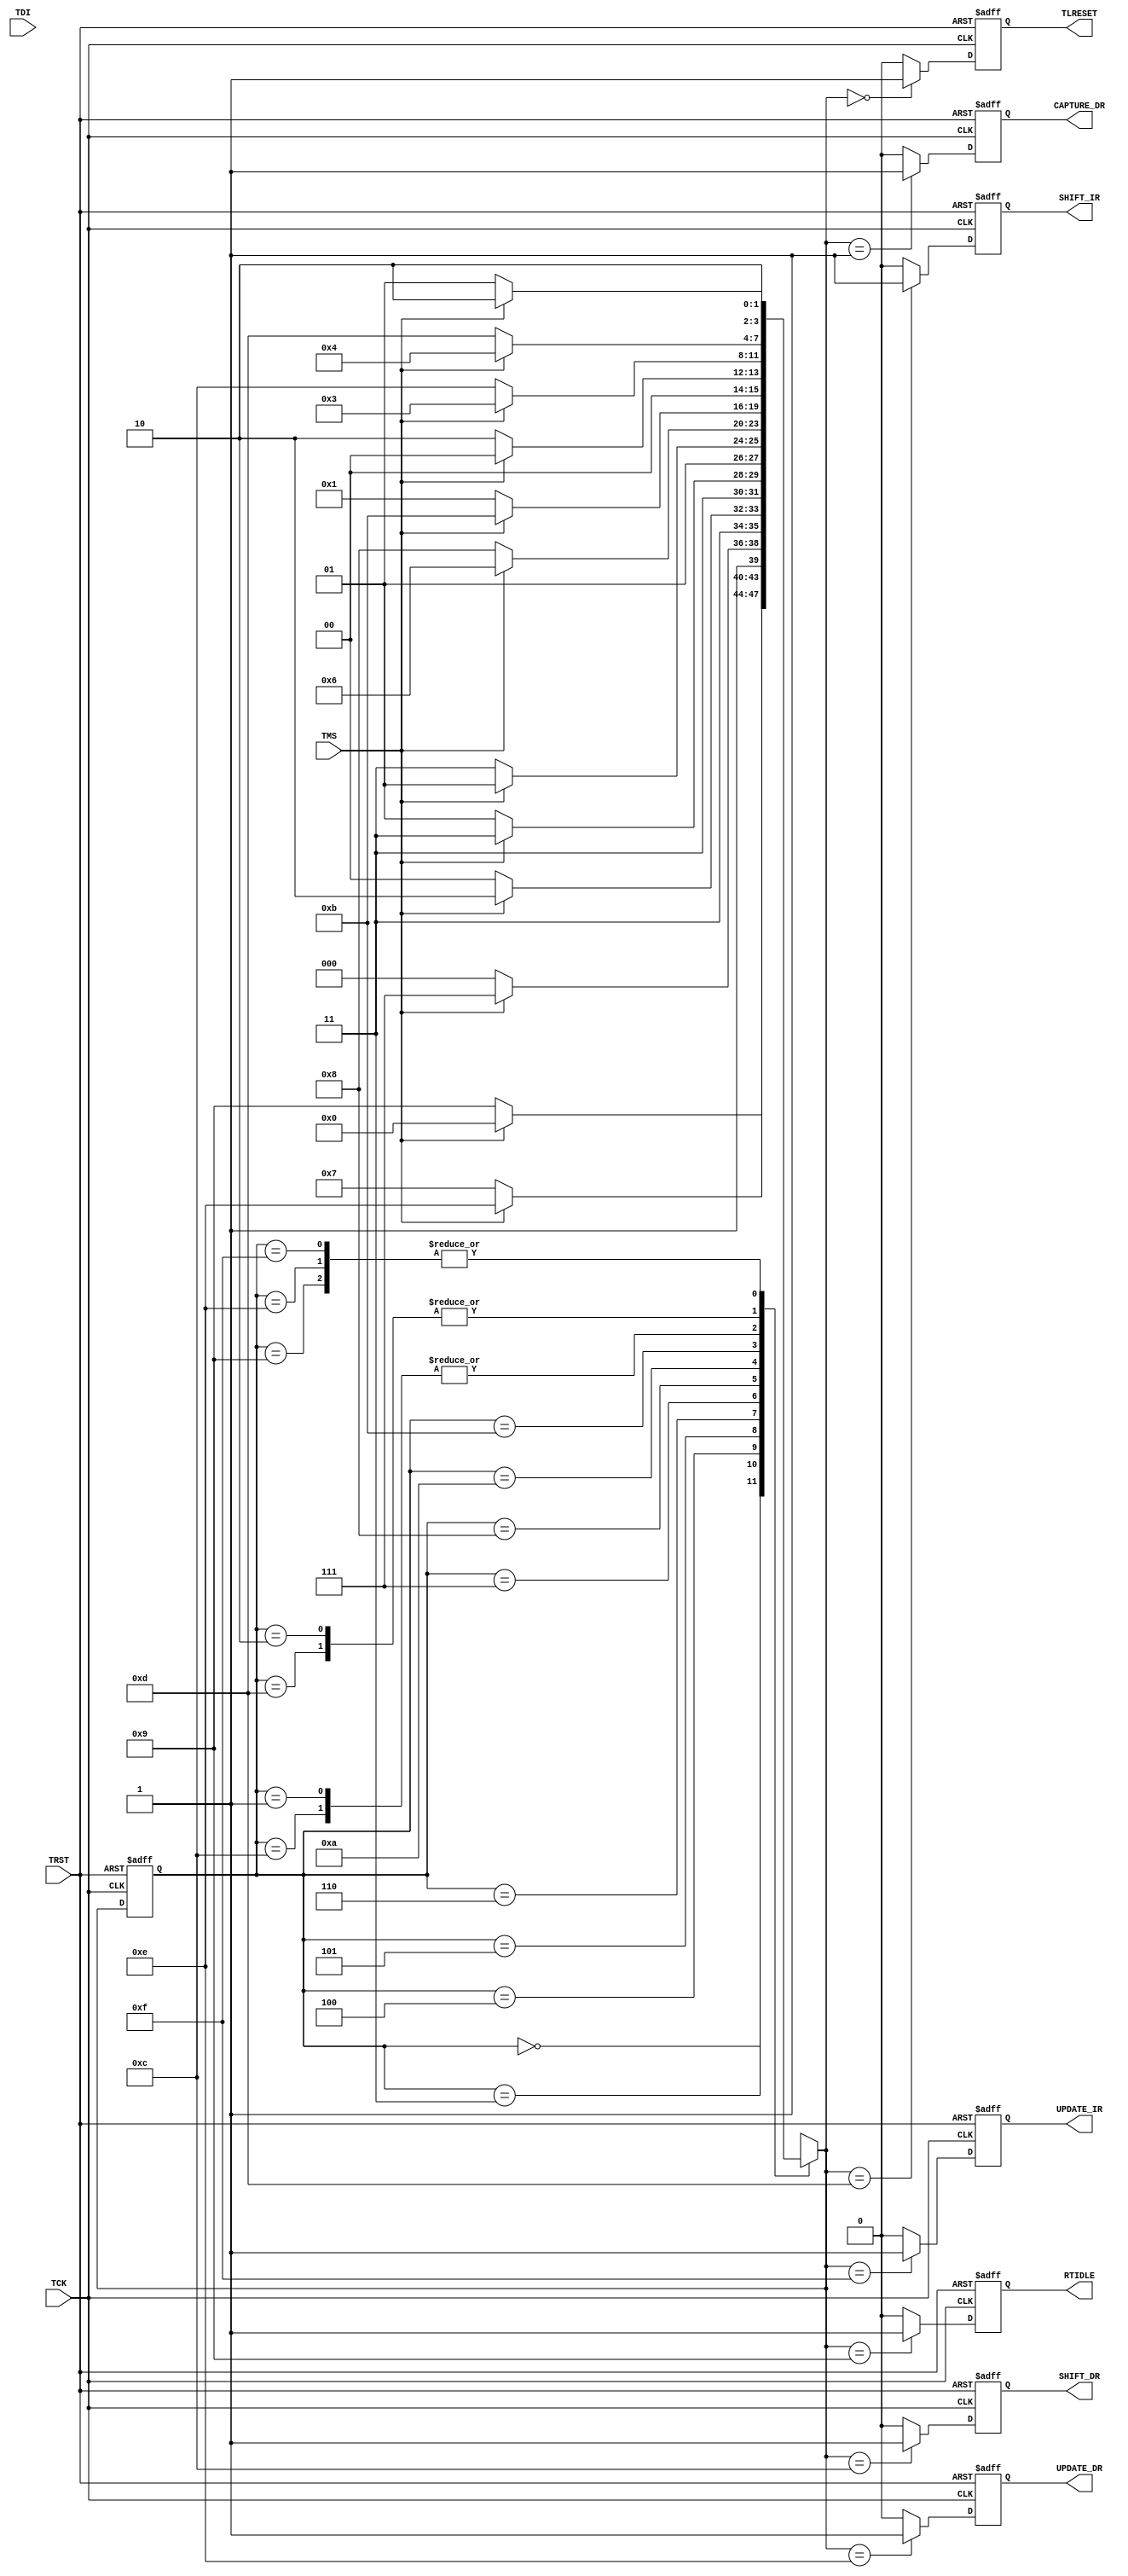

// Created by fizzim_tmr.pl version $Revision: 4.44 on 2015:02:04 at 14:45:36 (www.fizzim.com)

module JTAG_TAP_ctrl (
  output reg CAPTURE_DR,
  output reg RTIDLE,
  output reg SHIFT_DR,
  output reg SHIFT_IR,
  output reg TLRESET,
  output reg UPDATE_DR,
  output reg UPDATE_IR,
  input TCK,
  input TDI,
  input TMS,
  input TRST 
);

  // state bits
  parameter 
  Test_Logic_Reset = 4'b0000, 
  Capture_DR       = 4'b0001, 
  Capture_IR       = 4'b0010, 
  Exit1_DR         = 4'b0011, 
  Exit1_IR         = 4'b0100, 
  Exit2_DR         = 4'b0101, 
  Exit2_IR         = 4'b0110, 
  Pause_DR         = 4'b0111, 
  Pause_IR         = 4'b1000, 
  Run_Test_Idle    = 4'b1001, 
  Sel_DR_Scan      = 4'b1010, 
  Sel_IR_Scan      = 4'b1011, 
  Shift_DR         = 4'b1100, 
  Shift_IR         = 4'b1101, 
  Update_DR        = 4'b1110, 
  Update_IR        = 4'b1111; 

  reg [3:0] state;


  reg [3:0] nextstate;



  // comb always block
  always @* begin
    nextstate = 4'bxxxx; // default to x because default_state_is_x is set
    case (state)
      Test_Logic_Reset: if (TMS)  nextstate = Test_Logic_Reset;
                        else      nextstate = Run_Test_Idle;
      Capture_DR      : if (TMS)  nextstate = Exit1_DR;
                        else      nextstate = Shift_DR;
      Capture_IR      : if (TMS)  nextstate = Exit1_IR;
                        else      nextstate = Shift_IR;
      Exit1_DR        : if (TMS)  nextstate = Update_DR;
                        else      nextstate = Pause_DR;
      Exit1_IR        : if (TMS)  nextstate = Update_IR;
                        else      nextstate = Pause_IR;
      Exit2_DR        : if (TMS)  nextstate = Update_DR;
                        else      nextstate = Shift_DR;
      Exit2_IR        : if (TMS)  nextstate = Update_IR;
                        else      nextstate = Shift_IR;
      Pause_DR        : if (TMS)  nextstate = Exit2_DR;
                        else      nextstate = Pause_DR;
      Pause_IR        : if (TMS)  nextstate = Exit2_IR;
                        else      nextstate = Pause_IR;
      Run_Test_Idle   : if (TMS)  nextstate = Sel_DR_Scan;
                        else      nextstate = Run_Test_Idle;
      Sel_DR_Scan     : if (TMS)  nextstate = Sel_IR_Scan;
                        else      nextstate = Capture_DR;
      Sel_IR_Scan     : if (TMS)  nextstate = Test_Logic_Reset;
                        else      nextstate = Capture_IR;
      Shift_DR        : if (TMS)  nextstate = Exit1_DR;
                        else      nextstate = Shift_DR;
      Shift_IR        : if (TMS)  nextstate = Exit1_IR;
                        else      nextstate = Shift_IR;
      Update_DR       : if (TMS)  nextstate = Sel_DR_Scan;
                        else      nextstate = Run_Test_Idle;
      Update_IR       : if (TMS)  nextstate = Sel_DR_Scan;
                        else      nextstate = Run_Test_Idle;
    endcase
  end

  // Assign reg'd outputs to state bits

  // sequential always block
  always @(posedge TCK or posedge TRST) begin
    if (TRST)
      state <= Test_Logic_Reset;
    else
      state <= nextstate;
  end

  // datapath sequential always block
  always @(posedge TCK or posedge TRST) begin
    if (TRST) begin
      CAPTURE_DR <= 0;
      RTIDLE <= 0;
      SHIFT_DR <= 0;
      SHIFT_IR <= 0;
      TLRESET <= 0;
      UPDATE_DR <= 0;
      UPDATE_IR <= 0;
    end
    else begin
      CAPTURE_DR <= 0; // default
      RTIDLE <= 0; // default
      SHIFT_DR <= 0; // default
      SHIFT_IR <= 0; // default
      TLRESET <= 0; // default
      UPDATE_DR <= 0; // default
      UPDATE_IR <= 0; // default
      case (nextstate)
        Test_Logic_Reset: TLRESET <= 1;
        Capture_DR      : CAPTURE_DR <= 1;
        Run_Test_Idle   : RTIDLE <= 1;
        Shift_DR        : SHIFT_DR <= 1;
        Shift_IR        : SHIFT_IR <= 1;
        Update_DR       : UPDATE_DR <= 1;
        Update_IR       : UPDATE_IR <= 1;
      endcase
    end
  end

  // This code allows you to see state names in simulation
  `ifndef SYNTHESIS
  reg [127:0] statename;
  always @* begin
    case (state)
      Test_Logic_Reset: statename = "Test_Logic_Reset";
      Capture_DR      : statename = "Capture_DR";
      Capture_IR      : statename = "Capture_IR";
      Exit1_DR        : statename = "Exit1_DR";
      Exit1_IR        : statename = "Exit1_IR";
      Exit2_DR        : statename = "Exit2_DR";
      Exit2_IR        : statename = "Exit2_IR";
      Pause_DR        : statename = "Pause_DR";
      Pause_IR        : statename = "Pause_IR";
      Run_Test_Idle   : statename = "Run_Test_Idle";
      Sel_DR_Scan     : statename = "Sel_DR_Scan";
      Sel_IR_Scan     : statename = "Sel_IR_Scan";
      Shift_DR        : statename = "Shift_DR";
      Shift_IR        : statename = "Shift_IR";
      Update_DR       : statename = "Update_DR";
      Update_IR       : statename = "Update_IR";
      default         : statename = "XXXXXXXXXXXXXXXX";
    endcase
  end
  `endif

endmodule